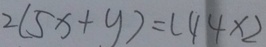
2 ( 5 x + y ) = ( 4 4 \times 2